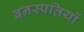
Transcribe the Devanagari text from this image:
बनस्पतियों